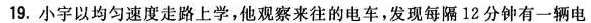
19.小宇以均匀速度走路上学，他观察来往的电车，发现每隔12分钟有一辆